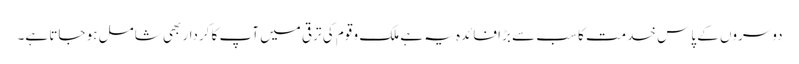
دوسروں کے پاس خدمت کا سب سے بڑا فائدہ یہ ہے ملک و قوم کی ترقی میں آپ کا کردار بھی شامل ہو جاتا ہے۔